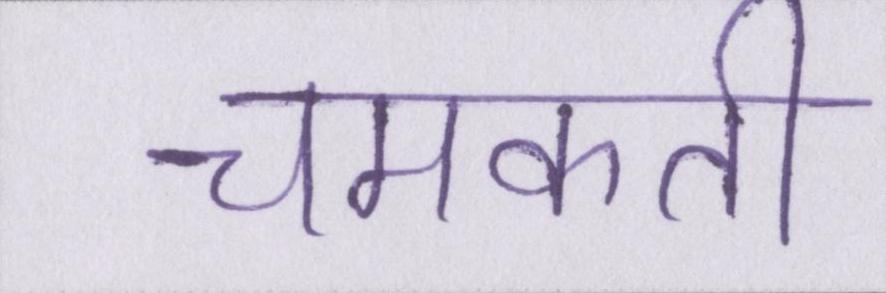
चमकती